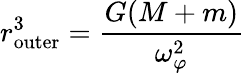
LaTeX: r_{\mathrm{outer}}^{3}={\frac{G(M+m)}{\omega_{\varphi}^{2}}}